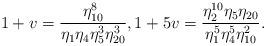
LaTeX: \begin{align*}1+v=\frac{\eta_{10}^{8}}{\eta_{1}\eta_{4}\eta_{5}^{3}\eta_{20}^{3}}, 1+5v=\frac{\eta_{2}^{10}\eta_{5}\eta_{20}}{\eta_{1}^{5}\eta_{4}^{5}\eta_{10}^{2}}.\end{align*}